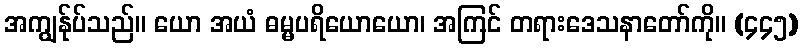
အကျွန်ုပ်သည်။ ယော အယံ ဓမ္မပရိယောယော၊ အကြင် တရားဒေသနာတော်ကို။ (၄၄၅)